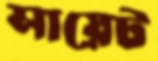
সায়েট